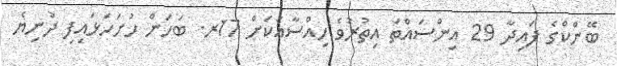
ބޭންކްގެ ފައިދާ 29 އިންސައްތަ އިތުރުވެ ހިއްސާއަކަށް 17ރ. ބަހަން ހުށަހަޅައިފި ދުނިޔެ